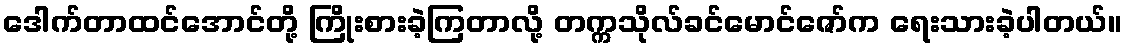
ဒေါက်တာထင်အောင်တို့ ကြိုးစားခဲ့ကြတာလို့ တက္ကသိုလ်ခင်မောင်ဇော်က ရေးသားခဲ့ပါတယ်။